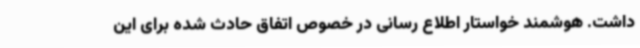
داشت. هوشمند خواستار اطلاع رسانی در خصوص اتفاق حادث شده برای این